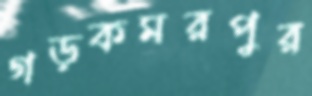
গড়কমরপুর